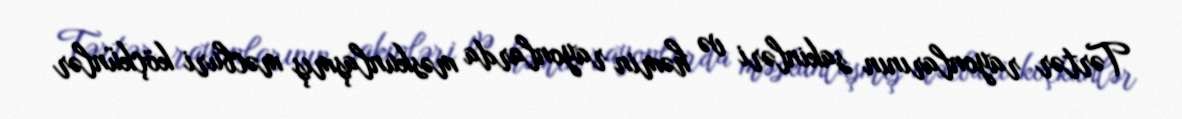
Tərtər rayonlarının sakinləri və həmin rayonlarda məskunlaşmış məcburi köçkünlər